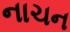
નાચન